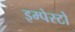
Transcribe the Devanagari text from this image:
इम्पेस्टो